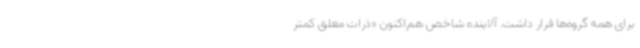
برای همه گروه‌ها قرار داشت. آلاینده شاخص هم‌اکنون «ذرات معلق کمتر